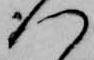
つ